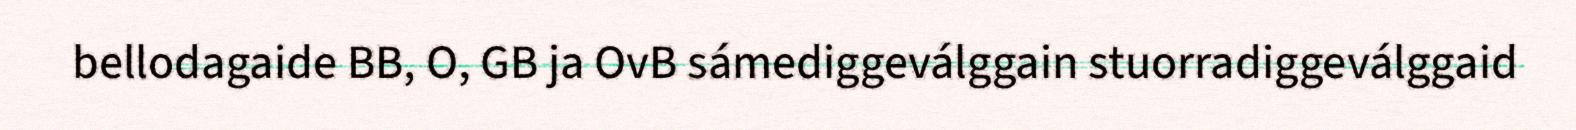
bellodagaide BB, O, GB ja OvB sámediggeválggain stuorradiggeválggaid